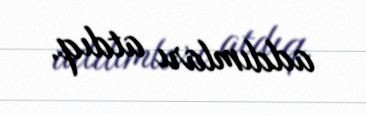
addımları atdıq.